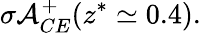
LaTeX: \sigma{\cal A}_{CE}^{+}(z^{*}\simeq 0.4).